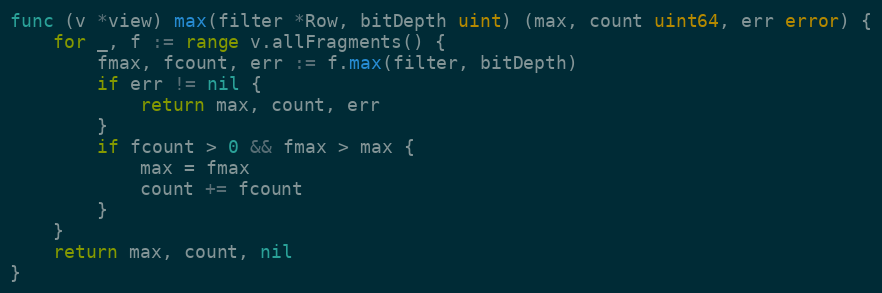
Language: Go
func (v *view) max(filter *Row, bitDepth uint) (max, count uint64, err error) {
	for _, f := range v.allFragments() {
		fmax, fcount, err := f.max(filter, bitDepth)
		if err != nil {
			return max, count, err
		}
		if fcount > 0 && fmax > max {
			max = fmax
			count += fcount
		}
	}
	return max, count, nil
}